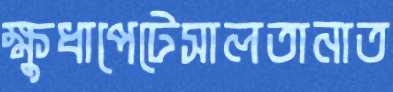
ক্ষুধাপেটেসালতানাত